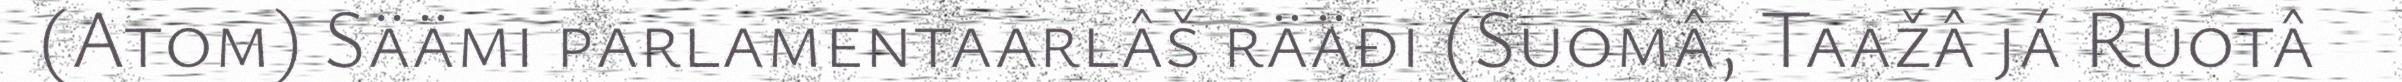
(Atom) Säämi parlamentaarlâš rääđi (Suomâ, Taažâ já Ruotâ